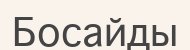
Босайды